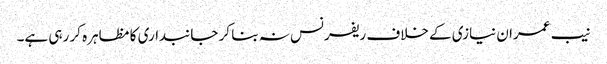
نیب عمران نیازی کے خلاف ریفرنس نہ بنا کر جانبداری کا مظاہرہ کر رہی ہے۔